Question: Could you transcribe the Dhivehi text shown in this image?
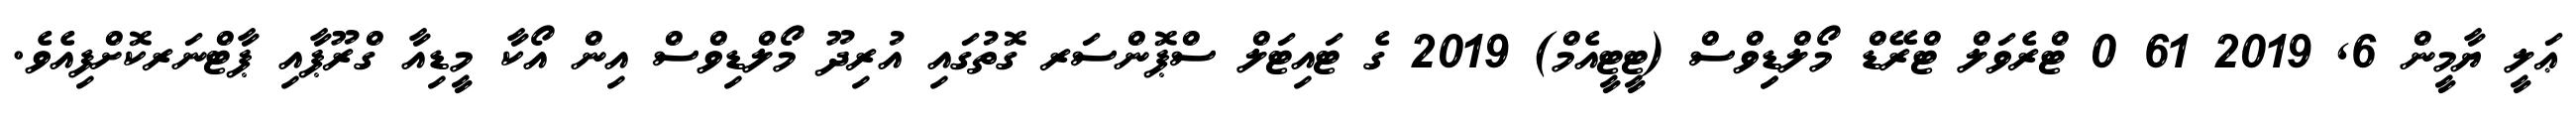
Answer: ޢަލީ ޔާމީން 6, 2019 61 0 ޓްރެވަލް ޓްރޭޑް މޯލްޑިިވްސް (ޓީޓީއެމް) 2019 ގެ ޓައިޓަލް ސްޕޮންސަރ ގޮތުގައި އުރިދޫ މޯލްޑިވްސް އިން އޯކާ މީޑިއާ ގްރޫޕާއި ޕާޓްނަރކޮށްފިއެވެ.